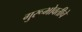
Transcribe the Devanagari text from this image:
गुरूभोवतीचे